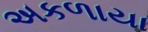
અકળાયા